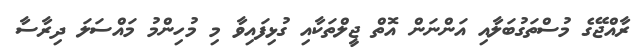
ރާއްޖޭގެ މުސްތަގުބަލާއި އަންނަން އޮތް ޖީލްތަކާއި ގުޅިފައިވާ މި މުހިންމު މައްސަލަ ދިރާސާ